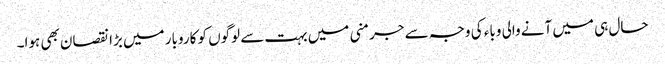
حال ہی میں آنے والی وباء کی وجہ سے جرمنی میں بہت سے لوگوں کو کاروبار میں بڑا نقصان بھی ہوا۔